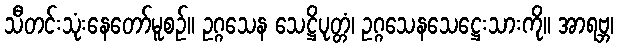
သီတင်းသုံးနေတော်မူစဉ်။ ဥဂ္ဂသေန သေဋ္ဌိပုတ္တံ၊ ဥဂ္ဂသေနသေဋ္ဌေးသားကို။ အာရဗ္ဘ၊